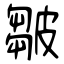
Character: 皺